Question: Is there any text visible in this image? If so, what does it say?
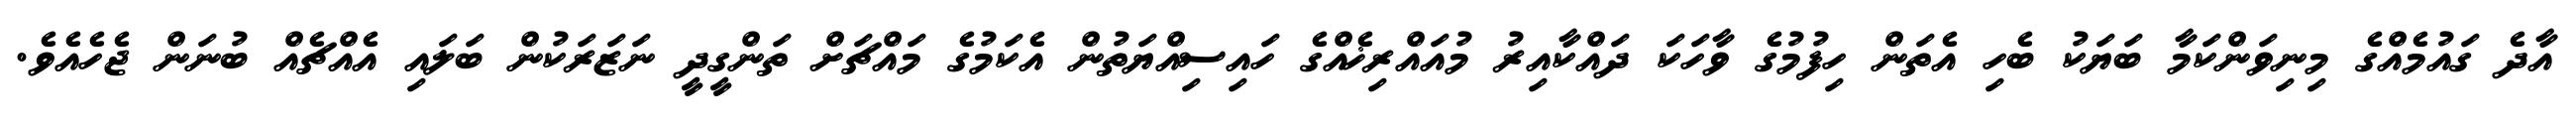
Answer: އާދެ ގައުމެއްގެ މިނިވަންކަމާ ބަޔަކު ބެހި އެތަން ހިފުމުގެ ވާހަކަ ދައްކާއިރު މުއައްރިޚެއްގެ ހައިސިއްޔަތުން އެކަމުގެ މައްޗަށް ތަންގީދީ ނަޒަރަކުން ބަލައި އެއްޗެއް ބުނަން ޖެހެއެވެ.